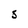
Character: s